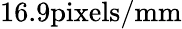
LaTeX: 16.9\mathrm{pixels/mm}